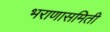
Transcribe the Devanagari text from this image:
भराणासमिती